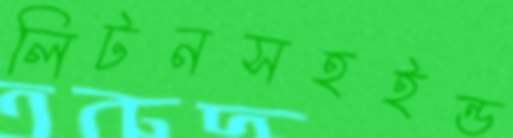
লিটনসহইন্ড